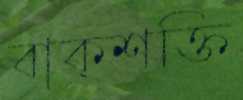
বাক্‌শক্তি